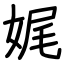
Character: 娓